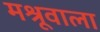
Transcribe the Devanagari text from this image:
मश्रूवाला